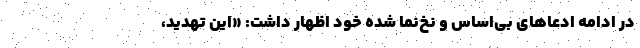
در ادامه ادعاهای بی‌اساس و نخ‌نما شده خود اظهار داشت: «این تهدید،